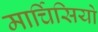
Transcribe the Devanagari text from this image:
मार्चिसियो